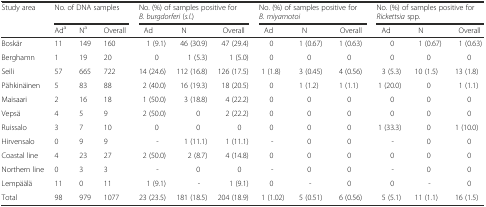
<table><thead><tr><td><b>Study area</b></td><td colspan="3"><b>No. of DNA samples</b></td><td colspan="3"><b>No. (%) of samples positive for <i>B. burgdorferi</i> (<i>s.l</i>.)</b></td><td colspan="3"><b>No. (%) of samples positive for <i>B. miyamotoi</i></b></td><td colspan="3"><b>No. (%) of samples positive for <i>Rickettsia</i> spp.</b></td></tr><tr><td></td><td><b>Ad<sup>a</sup></b></td><td><b>N<sup>a</sup></b></td><td><b>Overall</b></td><td><b>Ad</b></td><td><b>N</b></td><td><b>Overall</b></td><td><b>Ad</b></td><td><b>N</b></td><td><b>Overall</b></td><td><b>Ad</b></td><td><b>N</b></td><td><b>Overall</b></td></tr></thead><tbody><tr><td>Boskär</td><td>11</td><td>149</td><td>160</td><td>1 (9.1)</td><td>46 (30.9)</td><td>47 (29.4)</td><td>0</td><td>1 (0.67)</td><td>1 (0.63)</td><td>0</td><td>1 (0.67)</td><td>1 (0.63)</td></tr><tr><td>Berghamn</td><td>1</td><td>19</td><td>20</td><td>0</td><td>1 (5.3)</td><td>1 (5.0)</td><td>0</td><td>0</td><td>0</td><td>0</td><td>0</td><td>0</td></tr><tr><td>Seili</td><td>57</td><td>665</td><td>722</td><td>14 (24.6)</td><td>112 (16.8)</td><td>126 (17.5)</td><td>1 (1.8)</td><td>3 (0.45)</td><td>4 (0.56)</td><td>3 (5.3)</td><td>10 (1.5)</td><td>13 (1.8)</td></tr><tr><td>Pähkinäinen</td><td>5</td><td>83</td><td>88</td><td>2 (40.0)</td><td>16 (19.3)</td><td>18 (20.5)</td><td>0</td><td>1 (1.2)</td><td>1 (1.1)</td><td>1 (20.0)</td><td>0</td><td>1 (1.1)</td></tr><tr><td>Maisaari</td><td>2</td><td>16</td><td>18</td><td>1 (50.0)</td><td>3 (18.8)</td><td>4 (22.2)</td><td>0</td><td>0</td><td>0</td><td>0</td><td>0</td><td>0</td></tr><tr><td>Vepsä</td><td>4</td><td>5</td><td>9</td><td>2 (50.0)</td><td>0</td><td>2 (22.2)</td><td>0</td><td>0</td><td>0</td><td>0</td><td>0</td><td>0</td></tr><tr><td>Ruissalo</td><td>3</td><td>7</td><td>10</td><td>0</td><td>0</td><td>0</td><td>0</td><td>0</td><td>0</td><td>1 (33.3)</td><td>0</td><td>1 (10.0)</td></tr><tr><td>Hirvensalo</td><td>0</td><td>9</td><td>9</td><td>-</td><td>1 (11.1)</td><td>1 (11.1)</td><td>-</td><td>0</td><td>0</td><td>-</td><td>0</td><td>0</td></tr><tr><td>Coastal line</td><td>4</td><td>23</td><td>27</td><td>2 (50.0)</td><td>2 (8.7)</td><td>4 (14.8)</td><td>0</td><td>0</td><td>0</td><td>0</td><td>0</td><td>0</td></tr><tr><td>Northern line</td><td>0</td><td>3</td><td>3</td><td>-</td><td>0</td><td>0</td><td>-</td><td>0</td><td>0</td><td>-</td><td>0</td><td>0</td></tr><tr><td>Lempäälä</td><td>11</td><td>0</td><td>11</td><td>1 (9.1)</td><td>-</td><td>1 (9.1)</td><td>0</td><td>-</td><td>0</td><td>0</td><td>-</td><td>0</td></tr><tr><td>Total</td><td>98</td><td>979</td><td>1077</td><td>23 (23.5)</td><td>181 (18.5)</td><td>204 (18.9)</td><td>1 (1.02)</td><td>5 (0.51)</td><td>6 (0.56)</td><td>5 (5.1)</td><td>11 (1.1)</td><td>16 (1.5)</td></tr></tbody></table>